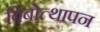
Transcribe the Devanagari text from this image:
बिंबोत्थापन